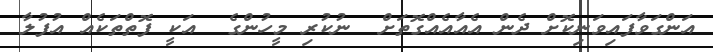
އަންގަވާފައިވަނިކޮށް ދެން އެއާއެއްގޮތަށް  ނުކުރި މީހުންގެ  އަކީ ފޮތްތަކެއް އުފުލާ